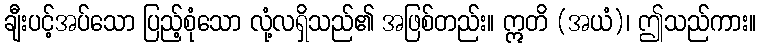
ချီးပင့်အပ်သော ပြည့်စုံသော လုံ့လရှိသည်၏ အဖြစ်တည်း။ ဣတိ (အယံ)၊ ဤသည်ကား။